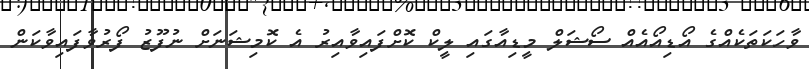
ވާހަކަތަކެއްގެ އޯޑިއޯއެއް ސޯޝަލް މީޑިއާގައި ލީކް ކޮށްފައިވާއިރު އެ ކޮމިޝަނަށް ނުފޫޒު ފޯރުވާފައިވާކަން